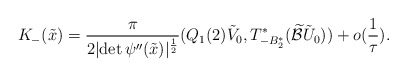
\begin{align*}K_-(\tilde x)=\frac{\pi}{2\vert \mbox{det}\,\psi''(\tilde x)\vert^\frac 12}(Q_1(2)\tilde V_0,T_{-B_2^*}^*(\widetilde{\mathcal B}\tilde U_{0}))+o(\frac{1}{\tau}).\end{align*}